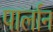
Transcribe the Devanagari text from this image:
पार्लान